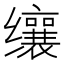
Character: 𬙋